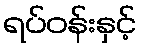
ရပ်ဝန်းနှင့်